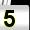
Digit: 5